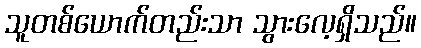
သူတစ်ယောက်တည်းသာ သွားလေ့ရှိသည်။